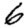
Digit: 6